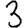
Digit: 3